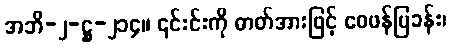
အဘိ-၂-ဋ္ဌ-၂၁၄။ ၎င်းင်းကို ဓာတ်အားဖြင့် ဝေဖန်ပြခန်း၊